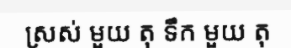
ស្រស់ មួយ តុ ទឹក មួយ តុ